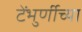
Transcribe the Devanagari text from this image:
टेंभुर्णीच्या